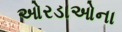
ઓરડાઓના